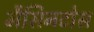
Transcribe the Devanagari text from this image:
मैसिनटोस